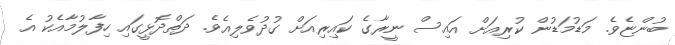
ބުންޏެވެ. މަޑުމަޑުން ކުރިއަށް އައިސް ނީރާގެ ކައިރިއަށް ގުދުވެލިއެވެ. ދަތްދޮޅީގައި ހިފާލުމާއެކު އެ